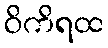
ဝိကိရထ